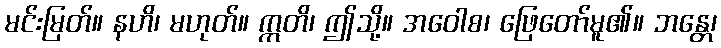
မင်းမြတ်။ နဟိ၊ မဟုတ်။ ဣတိ၊ ဤသို့။ အဝေါစ၊ ဖြေတော်မူ၏။ ဘန္တေ၊